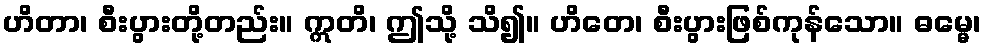
ဟိတာ၊ စီးပွားတို့တည်း။ ဣတိ၊ ဤသို့ သိ၍။ ဟိတေ၊ စီးပွားဖြစ်ကုန်သော။ ဓမ္မေ၊